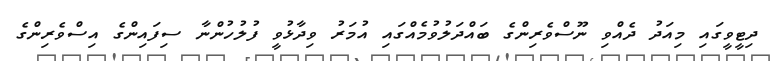
ދިޓީވީގައި މިއަދު ދެއްވި ނޫސްވެރިންގެ ބައްދަލުވުމެއްގައި އުމަރު ވިދާޅުވީ ފުލުހުންނާ ސިފައިންގެ އިސްވެރިންގެ